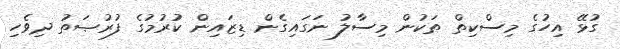
ގުޅޭ އިހުގެ މިސްކިތް ތަކުން މިސާލު ނަގައިގެން ޑިޒައިން ކުރުމުގެ ފުރުޞަތު ދިވެހި